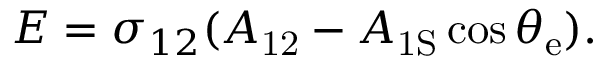
E = \sigma _ { 1 2 } ( A _ { \mathrm { { 1 2 } } } - A _ { \mathrm { { 1 S } } } \cos \theta _ { \mathrm { { e } } } ) .